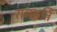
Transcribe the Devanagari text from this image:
रामगति